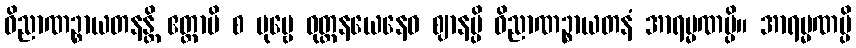
ဝိညာဏဉ္စာယတနန္တိ ဧတ္ထာပိ စ ပုဗ္ဗေ ဝုတ္တနယေနေဝ ဈာနမ္ပိ ဝိညာဏဉ္စာယတနံ အာရမ္မဏမ္ပိ။ အာရမ္မဏမ္ပိ